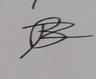
Signature authenticity: forged